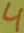
Text: 4